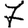
Digit: 7